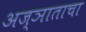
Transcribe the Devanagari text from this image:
अज्ञाताचा